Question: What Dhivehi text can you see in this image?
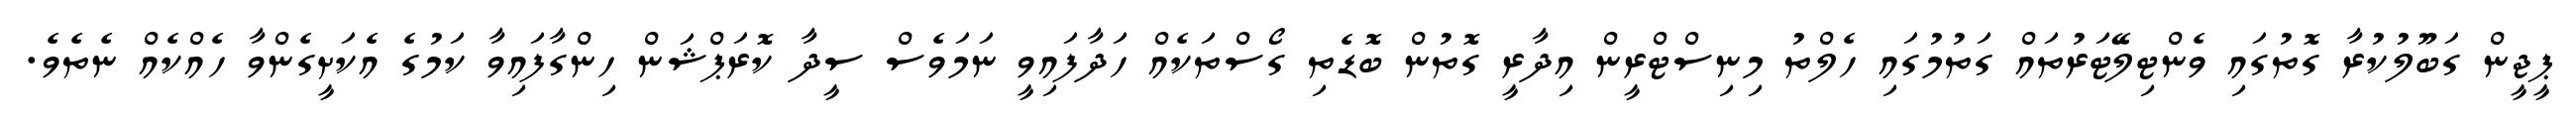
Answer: ޕީޖީން ގަބޫލުކުރާ ގޮތުގައި ވެންޓިލޭޓަރުތައް ގަތުމުގައި ހެލްތު މިނިސްޓްރީން އިދާރީ ގޮތުން ބޮޑެތި ގޯސްތަކެއް ހަދާފައިވީ ނަމަވެސް ސީދާ ކޮރަޕްޝަން ހިންގާފައިވާ ކަމުގެ އެކަށީގެންވާ ހެއްކެއް ނެތެވެ.